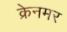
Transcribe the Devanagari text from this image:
क्रेनमर